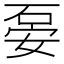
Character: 𥒇